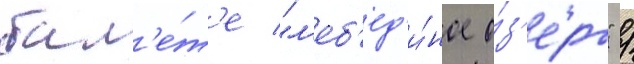
бал'е́т'е "л'еб'ед'и́ное о́з'еро" /